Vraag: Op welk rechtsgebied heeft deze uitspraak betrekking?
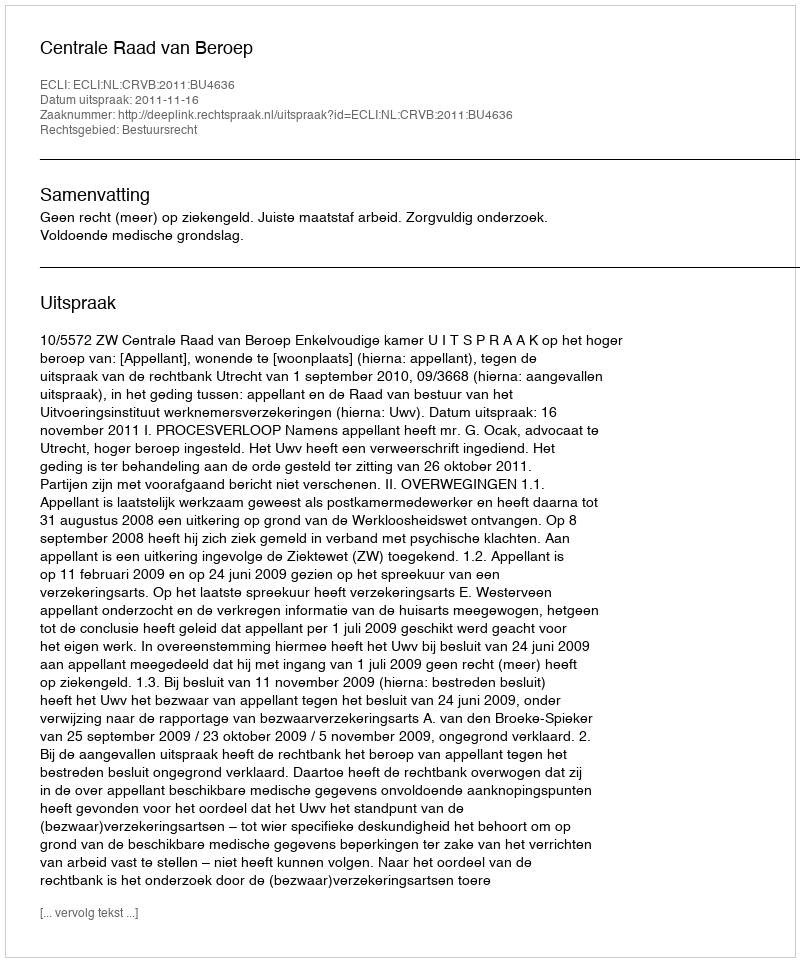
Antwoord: Bestuursrecht